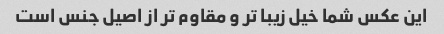
این عکس شما خیل زیبا تر و مقاوم تر از اصیل جنس است